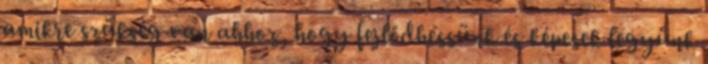
amikre szükség van ahhoz, hogy fejlődhessünk és képesek legyünk